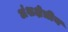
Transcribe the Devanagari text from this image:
अंशक्षेत्रीय